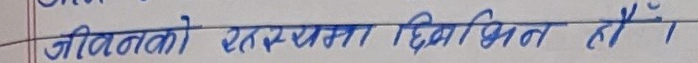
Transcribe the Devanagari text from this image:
जीवंतको रहस्यमा दिगभ्रमित हैं।